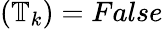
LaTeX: (\mathbb{T}_{k})=False